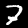
Label: 7